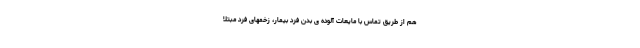
هم از طریق تماس با مایعات آلوده ی بدن فرد بیمار، زخمهای فرد مبتلا